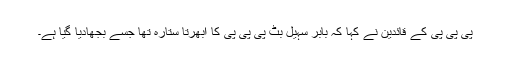
پی پی پی کے قائدین نے کہا کہ بابر سہیل بٹ پی پی پی کا ابھرتا ستارہ تھا جسے بجھادیا گیا ہے۔